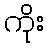
ကိုး